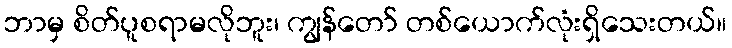
ဘာမှ စိတ်ပူစရာမလိုဘူး၊ ကျွန်တော် တစ်ယောက်လုံးရှိသေးတယ်။